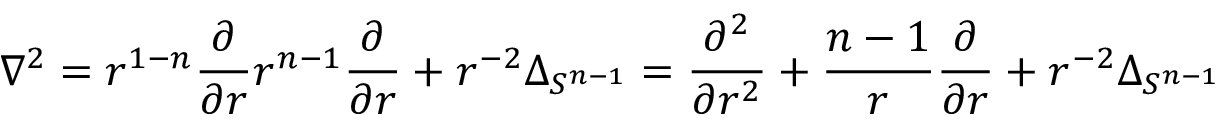
\nabla ^ { 2 } = r ^ { 1 - n } { \frac { \partial } { \partial r } } r ^ { n - 1 } { \frac { \partial } { \partial r } } + r ^ { - 2 } \Delta _ { S ^ { n - 1 } } = { \frac { \partial ^ { 2 } } { \partial r ^ { 2 } } } + { \frac { n - 1 } { r } } { \frac { \partial } { \partial r } } + r ^ { - 2 } \Delta _ { S ^ { n - 1 } }